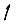
Digit: 1